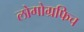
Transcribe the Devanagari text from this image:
लोगोग्रफिच